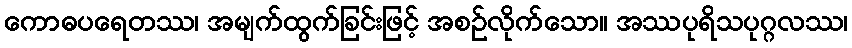
ကောဓပရေတဿ၊ အမျက်ထွက်ခြင်းဖြင့် အစဉ်လိုက်သော။ အဿပုရိသပုဂ္ဂလဿ၊